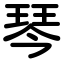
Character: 琴